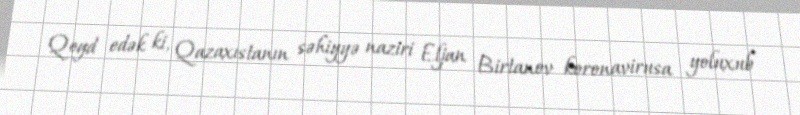
Qeyd edək ki, Qazaxıstanın səhiyyə naziri Eljan Birtanov koronavirusa yoluxub